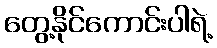
တွေ့နိုင်ကောင်းပါရဲ့